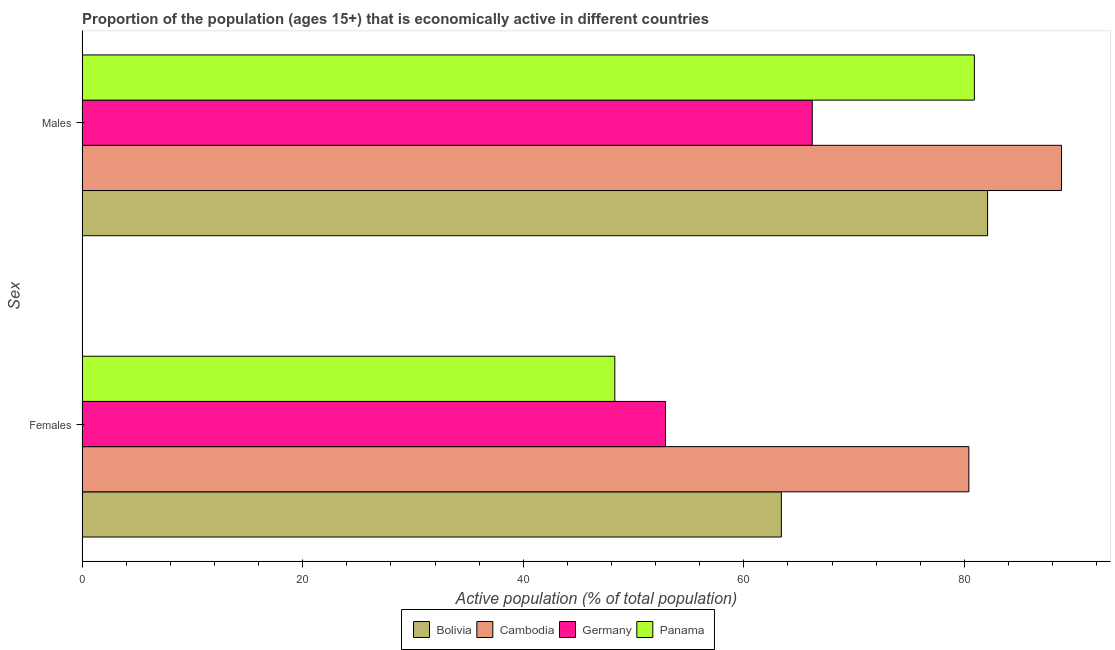
| Sex | Bolivia | Cambodia | Germany | Panama |
 | --- | --- | --- | --- | --- |
 | Females | 63.4 | 80.4 | 52.9 | 48.3 |
 | Males | 82.1 | 88.8 | 66.2 | 80.9 |